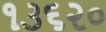
૧૩૬૨૦